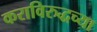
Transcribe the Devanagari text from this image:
कराविरुद्धच्या